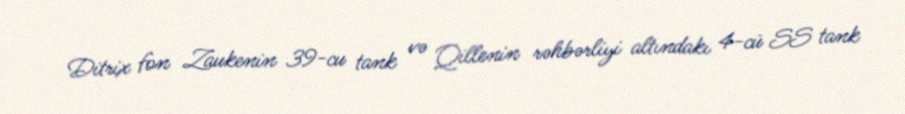
Ditrix fon Zaukenin 39-cu tank və Qillenin rəhbərliyi altındakı 4-cü SS tank